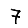
Digit: 7